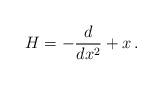
LaTeX: \begin{align*}H = -\frac{d}{dx^2} + x\,.\end{align*}